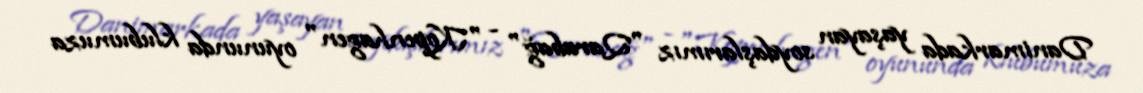
Danimarkada yaşayan soydaşlarımız "Qarabağ" - "Kopenhagen" oyununda klubumuza